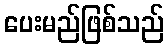
ပေးမည်ဖြစ်သည်